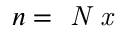
n = \textit { N x }